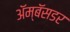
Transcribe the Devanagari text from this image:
ॲम्बॅसडर